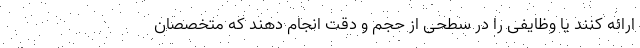
ارائه کنند یا وظایفی را در سطحی از حجم و دقت انجام دهند که متخصصان